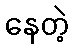
နေတဲ့